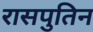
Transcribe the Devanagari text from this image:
रासपुतिन